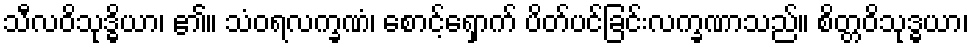
သီလဝိသုဒ္ဓိယာ၊ ၏။ သံဝရလက္ခဏံ၊ စောင့်ရှောက် ပိတ်ပင်ခြင်းလက္ခဏာသည်။ စိတ္တဝိသုဒ္ဓယာ၊